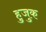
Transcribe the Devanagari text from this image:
हुजुक